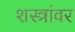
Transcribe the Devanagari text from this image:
शस्त्रांवर